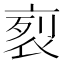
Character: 𧙩